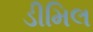
ડીમિલ